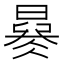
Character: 𣊜